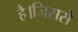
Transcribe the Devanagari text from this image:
है।जिससे